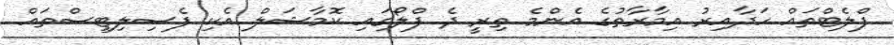
ފްލެޓްތައް ހަދާއިރު އިމާރާތުގެ އެންމެ ތިރީ ދެ ފްލޯގައި ކޮމާޝަލް އެކި ފެސިލިޓީސްތައް